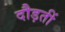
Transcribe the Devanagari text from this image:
दौड़तीं